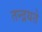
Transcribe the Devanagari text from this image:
तन्द्रयते